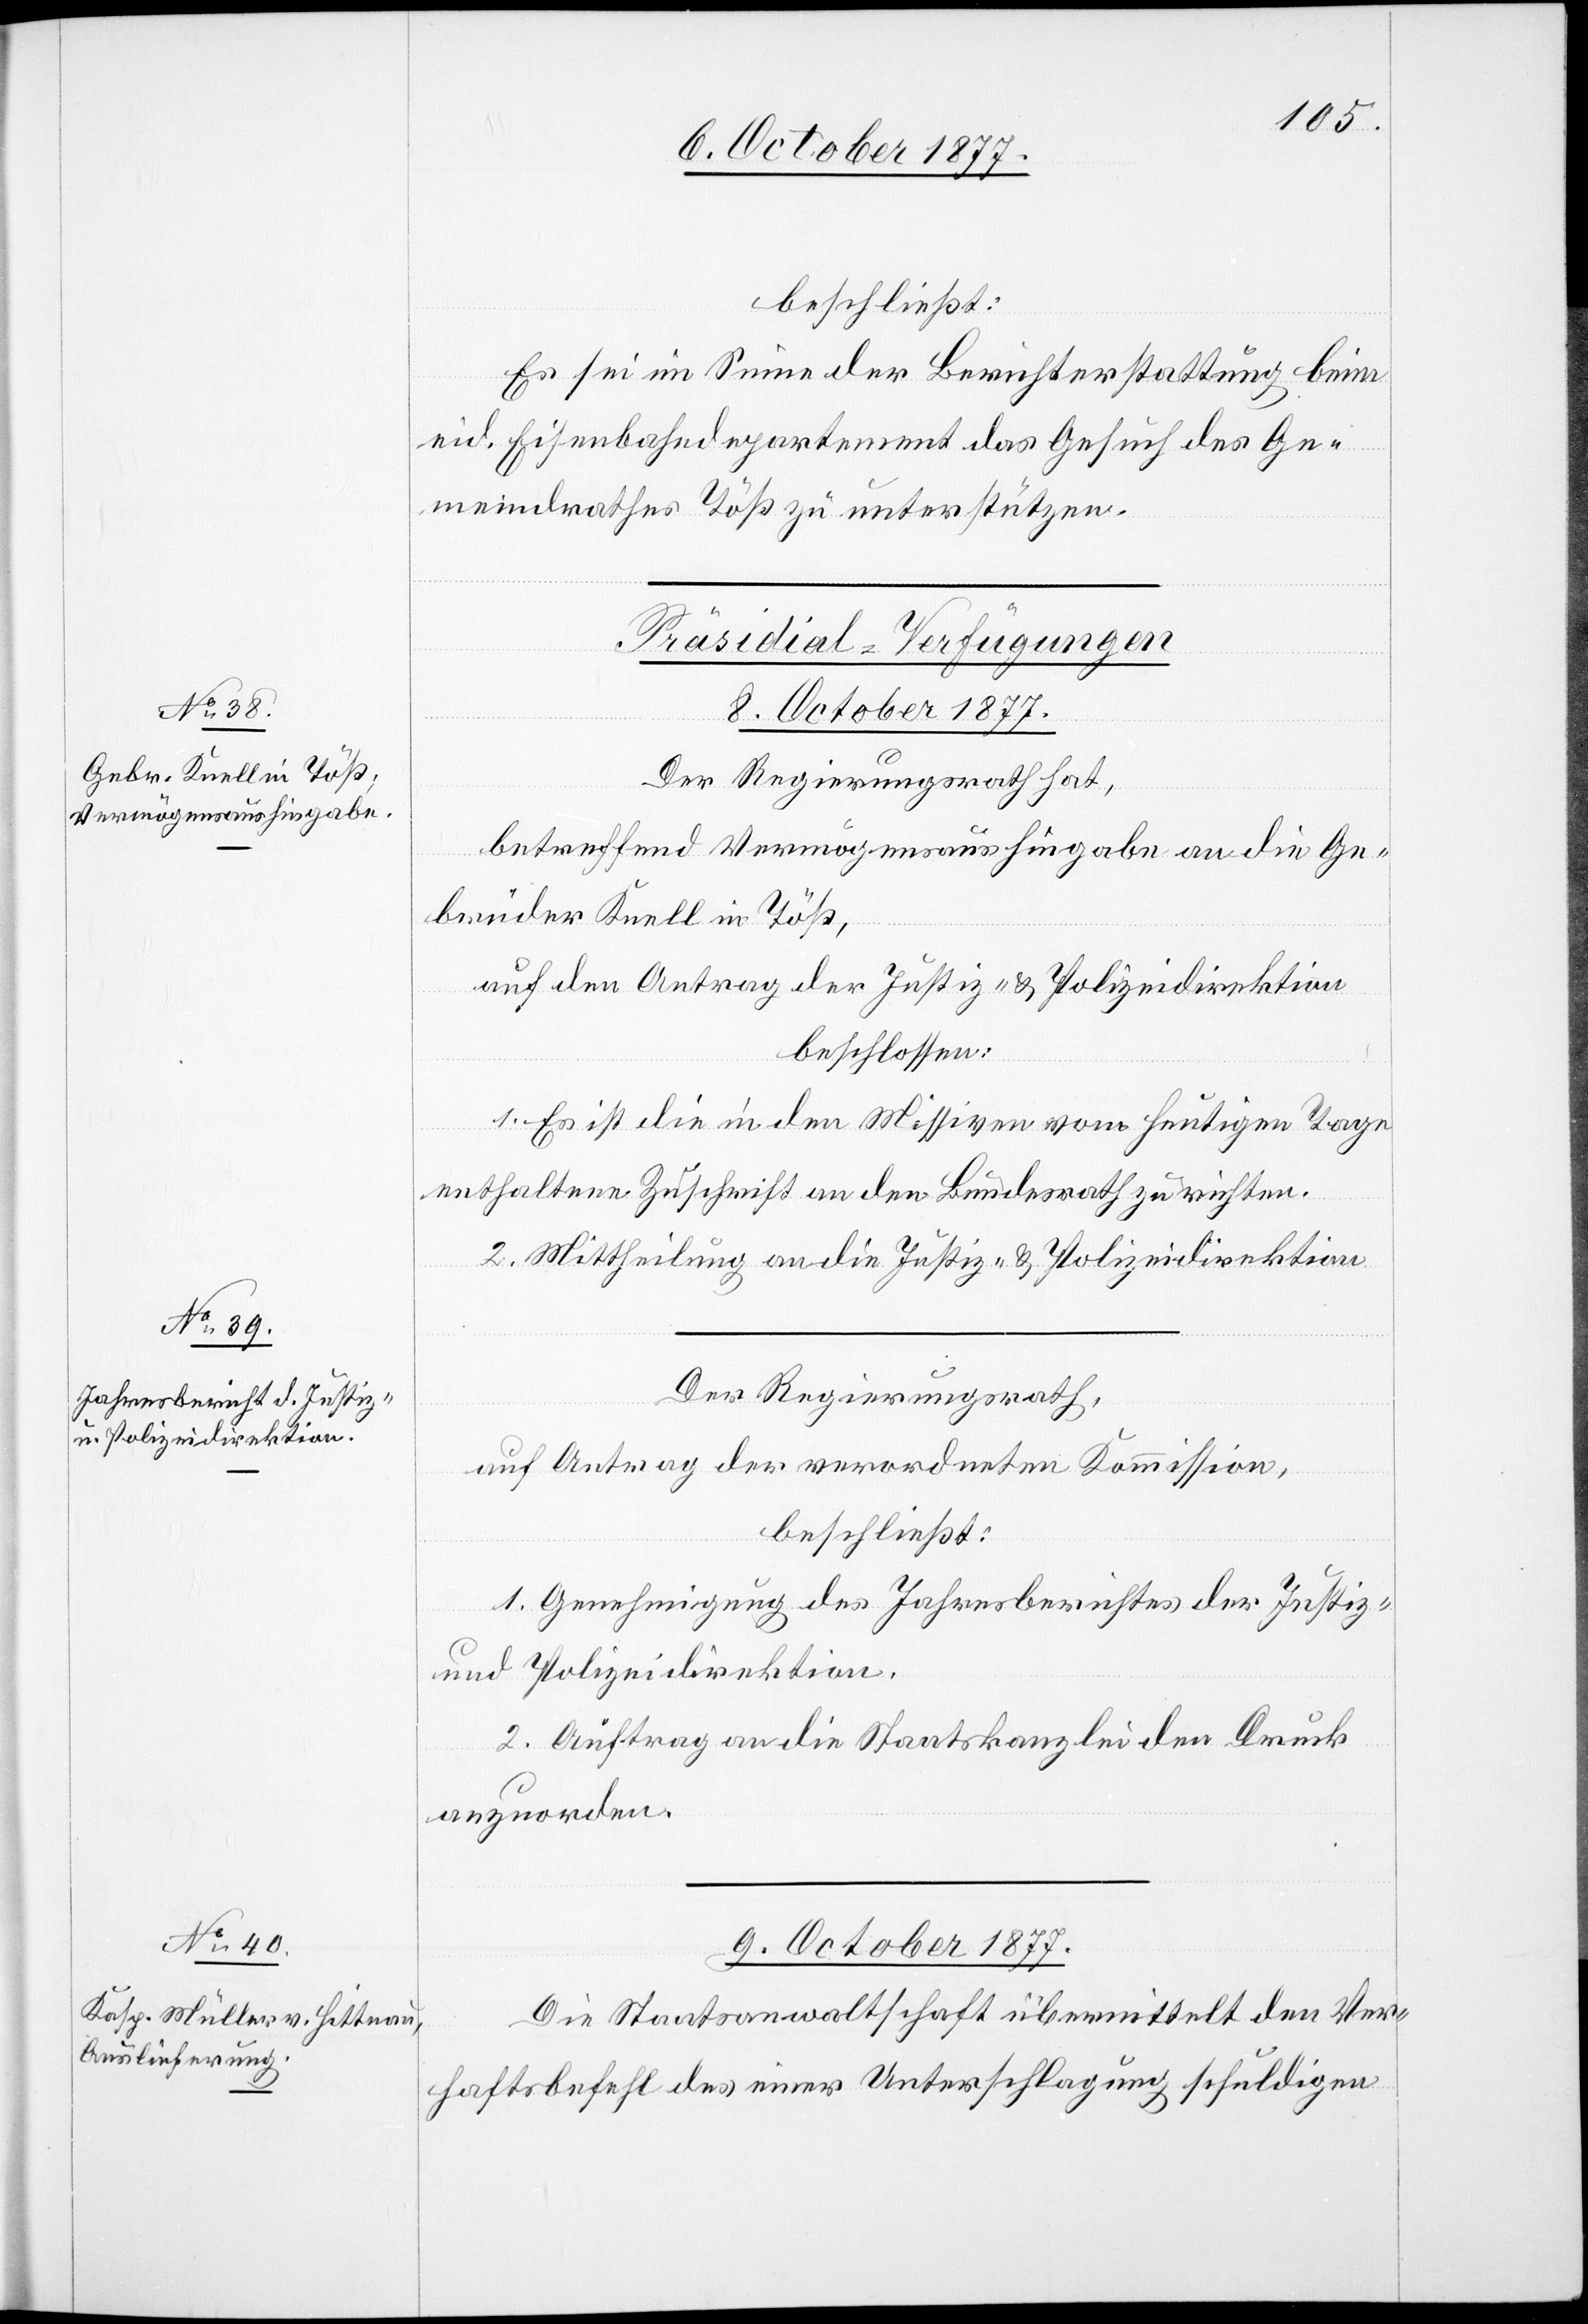
beschließt:
Es sei im Sinne der Berichterstattung beim
eid. Eisenbahndepartement das Gesuch des Ge¬
meindrathes Töß zu unterstützen.
[Präsidial-Verfügungen]
8. October 1877.]
Der Regierungsrath hat,
betreffend Vermögensaushingabe an die Ge¬
brüder Knell in Töß,
auf den Antrag der Justiz- & Polizeidirektion
beschlossen:
1. Es ist die in den Missiven vom heutigen Tage
enthaltene Zuschrift an den Bundesrath zu richten.
2. Mittheilung an die Justiz- & Polizeidirektion.
Der Regierungsrath,
auf Antrag der verordneten Kommission,
beschließt:
1. Genehmigung des Jahresberichtes der Justiz-
und Polizeidirektion.
2. Auftrag an die Staatskanzlei den Druck
anzuord[n]en.
9. October 1877.
Die Staatsanwaltschaft übermittelt den Ver¬
haftsbefehl des einer Unterschlagung schuldigen